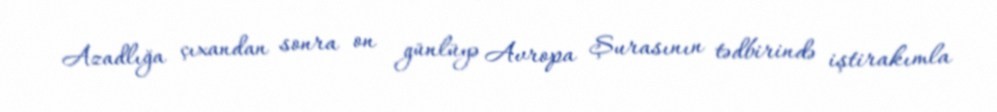
Azadlığa çıxandan sonra on günlüyə Avropa Şurasının tədbirində iştirakımla